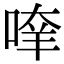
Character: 𠶿